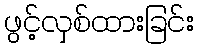
ဖွင့်လှစ်ထားခြင်း